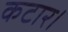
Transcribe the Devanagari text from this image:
कटार।